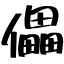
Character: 儡